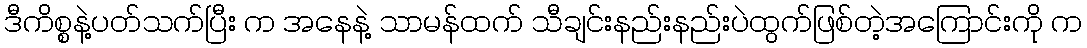
ဒီကိစ္စနဲ့ပတ်သက်ပြီး က အနေနဲ့ သာမန်ထက် သီချင်းနည်းနည်းပဲထွက်ဖြစ်တဲ့အကြောင်းကို က